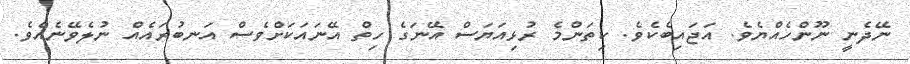
ނޭދެނީ ނޫންހެއްޔެވެ. އަޖައިބެކެވެ. ކިތަންމެ ރުޅިއަޔަސް އޭނަގެ ހިތް އޭނައަކަށްވެސް އަނބުރައެއް ނުލެވޭނެއެވެ.